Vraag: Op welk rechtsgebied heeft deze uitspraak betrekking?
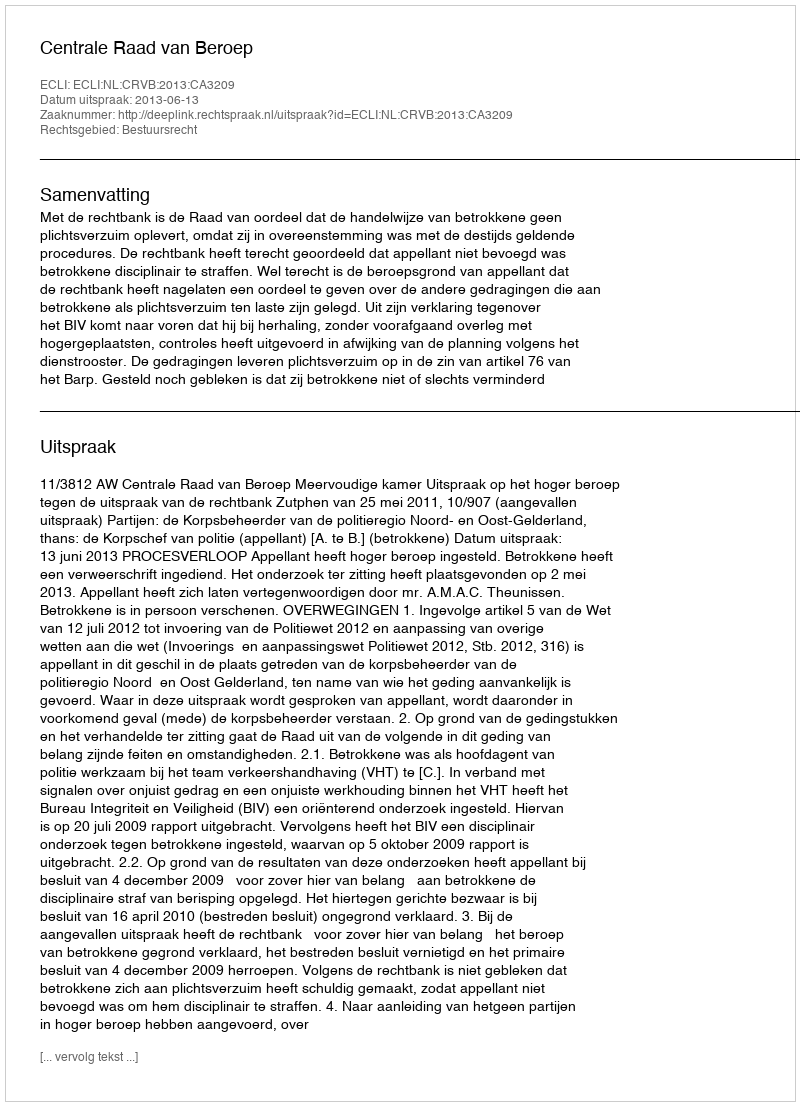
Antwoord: Bestuursrecht